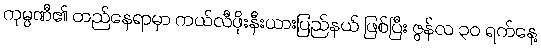
ကုမ္ပဏီ၏ တည်နေရာမှာ ကယ်လီဖိုးနီးယားပြည်နယ် ဖြစ်ပြီး ဇွန်လ ၃၀ ရက်နေ့